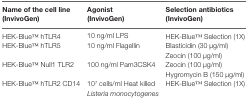
<table><thead><tr><td><b>Name of the cell line (InvivoGen)</b></td><td><b>Agonist (InvivoGen)</b></td><td><b>Selection antibiotics (InvivoGen)</b></td></tr></thead><tbody><tr><td>HEK-BlueTM hTLR4</td><td>10 ng/ml LPS</td><td>HEK-BlueTM Selection (1X)</td></tr><tr><td>HEK-BlueTM hTLR5</td><td>10 ng/ml Flagellin</td><td>Blasticidin (30 μg/ml)Zeocin (100 μg/ml)</td></tr><tr><td>HEK-BlueTM Null1 TLR2</td><td>100 ng/ml Pam3CSK4</td><td>Zeocin (100 μg/ml)Hygromycin B (150 μg/ml)</td></tr><tr><td>HEK-BlueTM hTLR2 CD14</td><td>10<sup>7</sup> cells/ml Heat killed <i>Listeria monocytogenes</i></td><td>HEK-BlueTM Selection (1X)</td></tr></tbody></table>